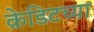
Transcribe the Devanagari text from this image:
क्रेडिटच्या